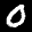
Label: 0